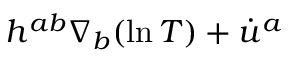
h ^ { a b } \nabla _ { b } ( \ln T ) + \dot { u } ^ { a }